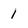
Character: 1